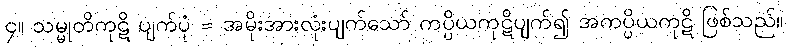
၄။ သမ္မုတိကုဋိ ပျက်ပုံ = အမိုးအားလုံးပျက်သော် ကပ္ပိယကုဋိပျက်၍ အကပ္ပိယကုဋိ ဖြစ်သည်။